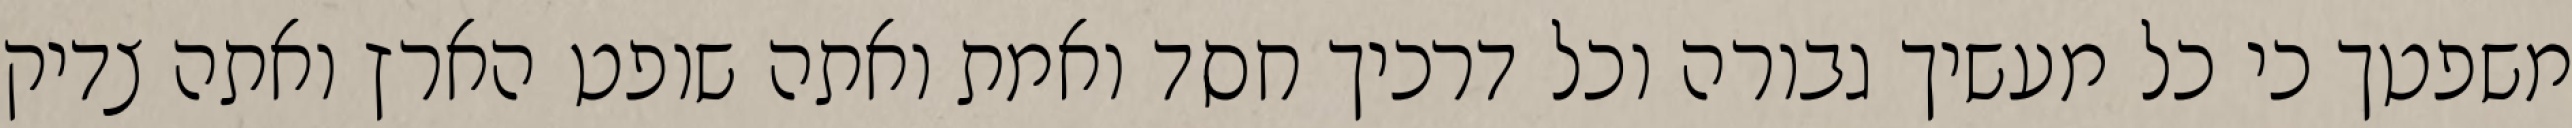
משפטך כי כל מעשיך גבורה וכל דרכיך חסד ואמת ואתה שופט הארץ ואתה צדיק